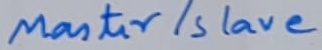
Text: Master/Slave